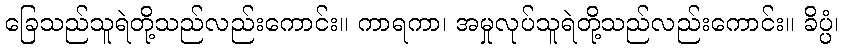
ခြေသည်သူရဲတို့သည်လည်းကောင်း။ ကာရကာ၊ အမှုလုပ်သူရဲတို့သည်လည်းကောင်း။ ခိပ္ပံ၊